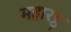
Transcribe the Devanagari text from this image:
महारट्ठ